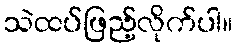
သဲထပ်ဖြည့်လိုက်ပါ။